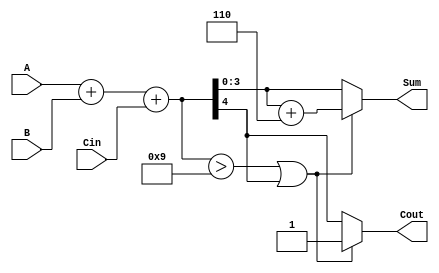
module bcd_synchronous_adder (
    input  wire [3:0] A,     // 4-bit BCD input A
    input  wire [3:0] B,     // 4-bit BCD input B
    input  wire Cin,         // Carry input
    output reg  [3:0] Sum,   // 4-bit BCD sum output
    output reg  Cout         // Carry output
);

    // Internal signals
    wire [4:0] binary_sum;       // 5-bit to hold sum of A, B and Cin
    wire need_adjustment;         // Indicates if adjustment is needed
    
    // Step 1: Binary addition
    assign binary_sum = A + B + Cin; // Perform binary addition

    // Step 2: Check for BCD adjustment
    assign need_adjustment = (binary_sum > 5'd9) || (binary_sum[4]); // Check if sum exceeds BCD range

    always @(*) begin
        if (need_adjustment) begin
            Sum = binary_sum + 5'd6; // Add 6 to adjust to valid BCD
            Cout = 1'b1;              // Set carry output
        end else begin
            Sum = binary_sum[3:0];    // Use the lower 4 bits for sum
            Cout = binary_sum[4];      // Propagate any carry out
        end
    end

endmodule